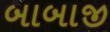
બાબાજી